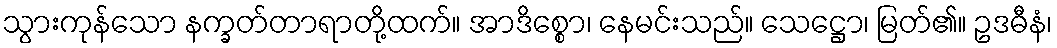
သွားကုန်သော နက္ခတ်တာရာတို့ထက်။ အာဒိစ္စော၊ နေမင်းသည်။ သေဋ္ဌော၊ မြတ်၏။ ဥဒဓီနံ၊